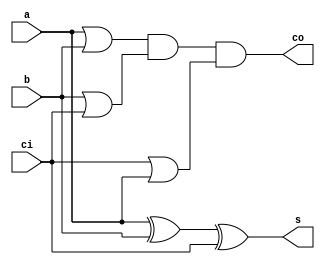
// Adder 
module adder(s, co, a, b, ci);
   
   output s, co;
   input  a, b, ci;
   wire   o0, o1, o2;
   xor(s, a, b, ci);
   or(o0, a, b);
   or(o1, b, ci);
   or(o2, ci, a);
   and(co, o0, o1, o2);

endmodule // adder

module csa1(s, co, x, y, z);

    output [6:0] s;
	output [6:0] co;
	input  [6:0] x;
	input  [6:0] y;
	input  [6:0] z;
 
	adder a0(s[0], co[0], x[0], y[0], z[0]);
    adder a1(s[1], co[1], x[1], y[1], z[1]);
    adder a2(s[2], co[2], x[2], y[2], z[2]);
	adder a3(s[3], co[3], x[3], y[3], z[3]);
	adder a4(s[4], co[4], x[4], y[4], z[4]);
    adder a5(s[5], co[5], x[5], y[5], z[5]);
    adder a6(s[6], co[6], x[6], y[6], z[6]);
	
endmodule // CSA1

module csa2(s, co, x, y, cin);

    output [6:0] s;
	output [6:0] co;
	input  [6:0] x;
	input  [6:0] y;
	input  [6:0] cin;
	wire w;
 
    assign w =0;
	adder a0(s[0], co[0], x[0], y[0], w);
    adder a1(s[1], co[1], x[1], y[1], cin[0]);
    adder a2(s[2], co[2], x[2], y[2], cin[1]);
	adder a3(s[3], co[3], x[3], y[3], cin[2]);
	adder a4(s[4], co[4], x[4], y[4], cin[3]);
	adder a5(s[5], co[5], x[5], y[5], cin[4]);
	adder a6(s[6], co[6], x[6], y[6], cin[5]);
	
endmodule // CSA2

module cpa(s, co, x, cin);
    
	output [6:0] s;
	output co;
	input  [6:0] x;
	input  [6:0] cin;
	wire w, w1, w2, w3, w4, w5, w6;
	
	assign w =0;
	adder a0(s[0], w1, x[0], cin[0], w);
	adder a1(s[1], w2, x[1], cin[1], w1);
	adder a2(s[2], w3, x[2], cin[2], w2);
	adder a3(s[3], w4, x[3], cin[3], w3);
	adder a4(s[4], w5, x[4], cin[4], w4);
	adder a5(s[5], w6, x[5], cin[5], w5);
	adder a6(s[6], co, x[6], cin[6], w6);
	
endmodule // CPA

module adder4to2(sf1, sf0, x, y, z, w);

    output [6:0] sf1, sf0;
    input  [6:0] x,y,z,w;
    wire   [6:0] cp, sp, cs, ss, s, incpa;
	wire         co;
	
	csa1 c1(sp, cp, x, y, z);
	csa2 c2(ss, cs, w, sp, cp);
	assign incpa[0] = ss[1];
    assign incpa[1] = ss[2];
	assign incpa[2] = ss[3];
	assign incpa[3] = ss[4];
	assign incpa[4] = ss[5];
	assign incpa[5] = ss[6];
	assign incpa[6] = cp[6];
    cpa  cpa0(s, co, cs, incpa);
	assign sf0[0] = ss[0];
    assign sf0[1] = s[0];
	assign sf0[2] = s[1];
	assign sf0[3] = s[2];
	assign sf0[4] = 0;
	assign sf0[5] = 0;
	assign sf0[6] = 0;
	assign sf1[0] = 0;
	assign sf1[1] = 0;
	assign sf1[2] = 0;
	assign sf1[3] = 0;
	assign sf1[4] = s[3];
	assign sf1[5] = s[4];
	assign sf1[6] = 0;
	
endmodule // adder4to2	

module adder4to21(sf, x, y, z, w);

    output [8:0] sf;
    input  [6:0] x,y,z,w;
    wire   [6:0] cp, sp, cs, ss, s, incpa;
	wire         co;
	
	csa1 c1(sp, cp, x, y, z);
	csa2 c2(ss, cs, w, sp, cp);
	assign incpa[0] = ss[1];
    assign incpa[1] = ss[2];
	assign incpa[2] = ss[3];
	assign incpa[3] = ss[4];
	assign incpa[4] = ss[5];
	assign incpa[5] = ss[6];
	assign incpa[6] = cp[6];
    cpa  cpa0(s, co, cs, incpa);
	assign sf[0] = ss[0];
    assign sf[1] = s[0];
	assign sf[2] = s[1];
	assign sf[3] = s[2];
	assign sf[4] = s[3];
	assign sf[5] = s[4];
	assign sf[6] = s[5];
	assign sf[7] = s[6];
	assign sf[8] = co;
	
endmodule // adder4to21

module addertree(u, m, n, o, p, q, r, s, t);	

    output [8:0]  u;
	input  [6:0]  m, n, o, p, q, r, s, t;
	wire   [6:0]  x, y, z, w;
	
	adder4to2  adder0(x, y, m, n, o, p);
	adder4to2  adder1(z, w, q, r, s, t);
	adder4to21 adder2(u, x, y, z, w);
	
endmodule //addertree